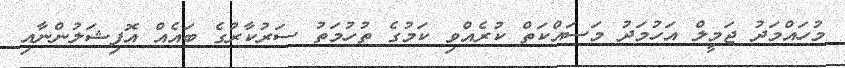
މުހައްމަދު ޖަމީލް އަހުމަދު މަސައްކަތް ކުރެއްވި ކަމުގެ ތުހުމަތު ސަރުކާރުގެ ބައެއް އޮފިޝަލުންނާއި